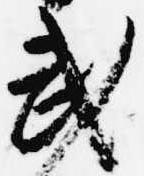
武